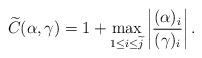
LaTeX: \begin{align*}\widetilde{C}(\alpha,\gamma)=1+\max_{1\leq i\leq \widetilde{j}}\left|\frac{(\alpha)_{i}}{(\gamma)_{i}}\right|.\end{align*}